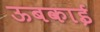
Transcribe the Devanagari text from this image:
ऊबकाई